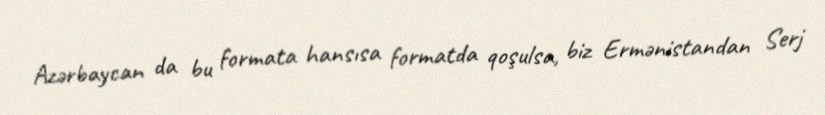
Azərbaycan da bu formata hansısa formatda qoşulsa, biz Ermənistandan Serj